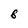
Character: 8